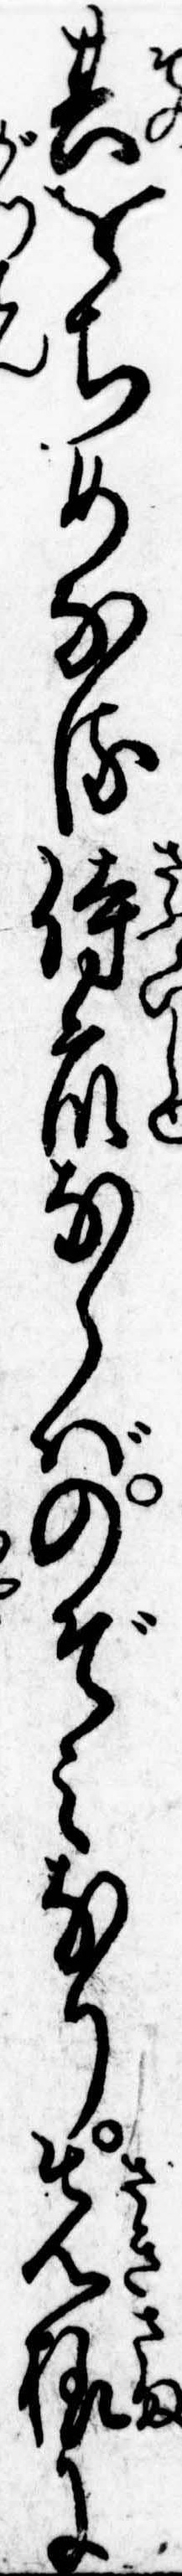
其をちめなる侍衆ならばのぞみなり先様に